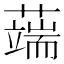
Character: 𦾸